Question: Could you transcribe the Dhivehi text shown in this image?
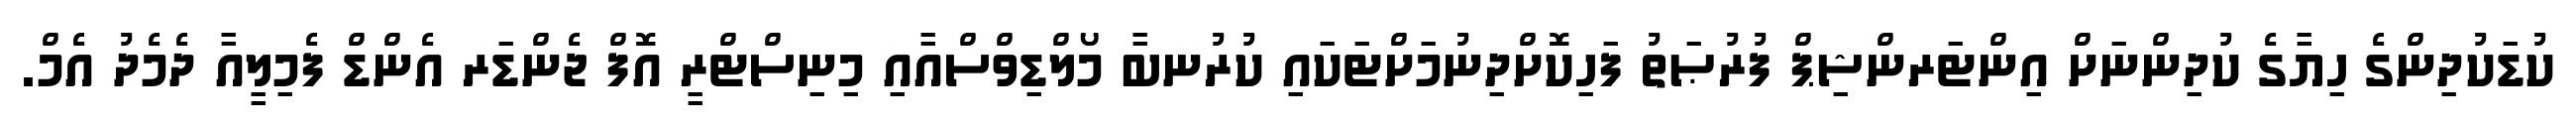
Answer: ކުޑަކުދިންގެ ހިޔާގެ ކުދިންނަށް އިންޓަރންޝިޕް ފުރުޞަތު ފަހިކޮށްދިނުމަށްޓަކައި ކުރުނބާ މޯލްޑިވްސްއާއި މިނިސްޓްރީ އޮފް ޖެންޑަރ އެންޑް ފެމިލީއާ ދެމެދު އެމް.